Lunatic asylums Madras 1877-1891 - 1877-1891
Year: 1877
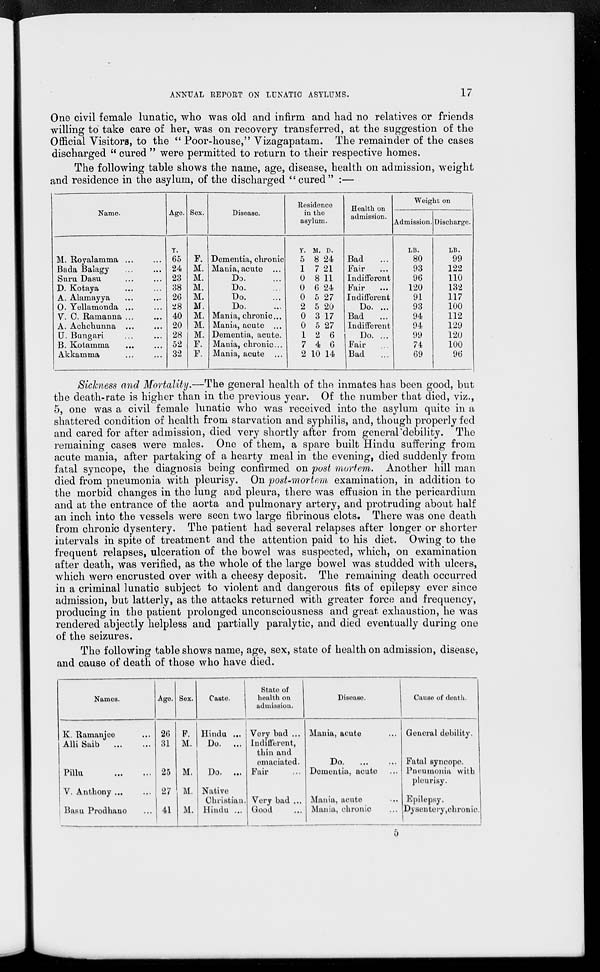
ANNUAL REPORT ON LUNATIC ASYLUMS.
17
One civil female lunatic, who was old and infirm and had no relatives or friends
willing to take care of her, was on recovery transferred, at the suggestion of the
Official Visitors, to the "Poor-house," Vizagapatam. The remainder of the cases
discharged "cured" were permitted to return to their respective homes.
The following table shows the name, age, disease, health on admission, weight
and residence in the asylum, of the discharged "cured" :—
Name.
M. Royalamma ... ...
Bada Balagy
...
...
Suru Dasu
...
...
D. Kotaya ... ...
A. Alamayya ... ...
O. Yellamonda ... ...
V. C. Ramanna ... ...
A. Achchunna ... ...
U. Bungari ... ...
B. Kotamma ... ...
Akkamma
...
...
Age.
Y.
65
24
23
38
26
28
40
20
28
52
32
Sex.
F.
M.
M.
M.
M.
M.
M.
M.
M.
F.
F.
Disease.
Dementia, chronic
Mania, acute ...
Do. ...
Do. ...
Do. ...
Do. ...
Mania, chronic ...
Mania, acute ...
Dementia, acute.
Mania, chronic ...
Mania, acute ...
Residence
in the
asylum.
Y.
5
1
0
0
0
2
0
0
1
7
2
M.
8
7
8
6
5
5
3
5
2
4
10
D.
24
21
11
24
27
20
17
27
6
6
14
Health on
admission.
Bad ...
Fair ...
Indifferent
Fair ...
Indifferent
Do. ...
Bad ...
Indifferent
Do. ...
Fair ...
Bad ...
Weight on
Admission.
LB.
80
93
96
120
91
93
94
94
99
74
69
Discharge.
LB.
99
122
110
132
117
100
112
129
120
100
96
Sickness and Mortality.—The general health of the inmates has been good, but
the death-rate is higher than in the previous year. Of the number that died, viz.,
5, one was a civil female lunatic who was received into the asylum quite in a
shattered condition of health from starvation and syphilis, and, though properly fed
and cared for after admission, died very shortly after from general debility. The
remaining cases were males. One of them, a spare built Hindu suffering from
acute mania, after partaking of a hearty meal in the evening, died suddenly from
fatal syncope, the diagnosis being confirmed on post mortem. Another hill man
died from pneumonia with pleurisy. On post-mortem examination, in addition to
the morbid changes in the lung and pleura, there was effusion in the pericardium
and at the entrance of the aorta and pulmonary artery, and protruding about half
an inch into the vessels were seen two large fibrinous clots. There was one death
from chronic dysentery. The patient had several relapses after longer or shorter
intervals in spite of treatment and the attention paid to his diet. Owing to the
frequent relapses, ulceration of the bowel was suspected, which, on examination
after death, was verified, as the whole of the large bowel was studded with ulcers,
which were encrusted over with a cheesy deposit. The remaining death occurred
in a criminal lunatic subject to violent and dangerous fits of epilepsy ever since
admission, but latterly, as the attacks returned with greater force and frequency,
producing in the patient prolonged unconsciousness and great exhaustion, he was
rendered abjectly helpless and partially paralytic, and died eventually during one
of the seizures.
The following table shows name, age, sex, state of health on admission, disease,
and cause of death of those who have died.
Names.
K. Ramanjee ...
Alli Saib
...
...
Pillu ... ...
V. Anthony ...
...
Basil Prodhano ...
Age.
26
31
25
27
41
Sex.
F.
M.
M.
M.
M.
Caste.
Hindu ...
Do.
Do. ...
Native
Christian.
Hindu ...
State of
health on
admission.
Very bad ...
Indifferent,
thin and
emaciated.
Fair
Very bad ..
Good ...
Disease.
Mania, acute ...
Do.
...
...
Dementia, acute ...
Mania, acute ...
Mania, chronic ...
Cause of death.
General debility.
Fatal syncope.
Pneumonia with
pleurisy.
Epilepsy.
Dysentery, chronic.
5